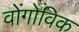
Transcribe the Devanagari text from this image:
वोंगोविक